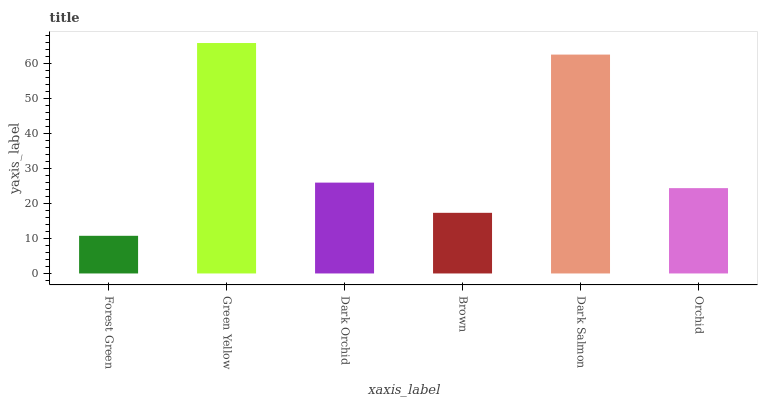
| xaxis_label | bars |
 | --- | --- |
 | Forest Green | 10.7 |
 | Green Yellow | 65.8 |
 | Dark Orchid | 25.9 |
 | Brown | 17.3 |
 | Dark Salmon | 62.5 |
 | Orchid | 24.3 |